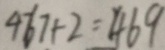
4 6 7 + 2 = 4 6 9